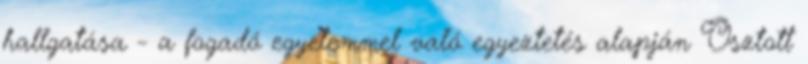
hallgatása - a fogadó egyetemmel való egyeztetés alapján Osztott